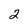
Character: 2